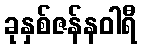
ခုနှစ်ဇန်နဝါရီ